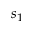
s _ { 1 }